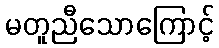
မတူညီသောကြောင့်